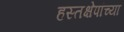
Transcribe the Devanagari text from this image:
हस्तक्षेपांच्या